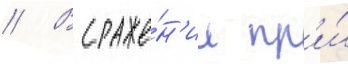
// В сраже́н'ии пр'и́